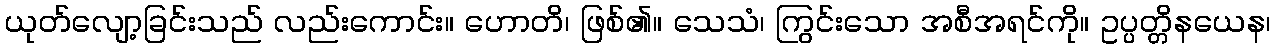
ယုတ်လျော့ခြင်းသည် လည်းကောင်း။ ဟောတိ၊ ဖြစ်၏။ သေသံ၊ ကြွင်းသော အစီအရင်ကို။ ဥပ္ပတ္တိနယေန၊